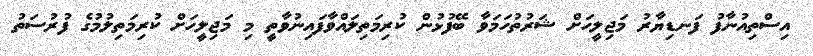
އިސްތިއުނާފު ފަނޑިޔާރު މަޖިލީހަށް ޝަރުތުހަމަވާ ބޭފުޅުން ކުރިމަތިލައްވާފައިނުވާތީ މި މަޖިލީހަށް ކުރިމަތިލުމުގެ ފުރުސަތު